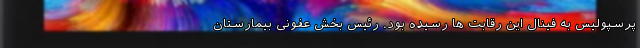
پرسپولیس به فینال این رقابت ها رسیده بود. رئیس بخش عفونی بیمارستان